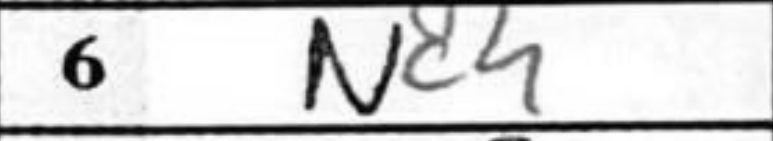
Transcription: Nc4